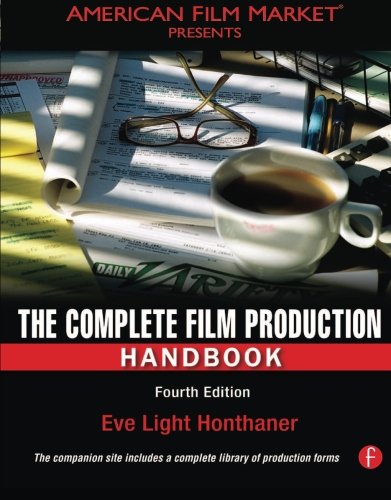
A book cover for The Complete Film Production Handbook (American Film Market Presents); Eve Light Honthaner; Humor & Entertainment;